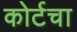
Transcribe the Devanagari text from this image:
कोर्टचा